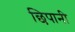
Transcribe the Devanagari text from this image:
छिपानी